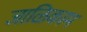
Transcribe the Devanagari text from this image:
जाळिकाम